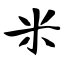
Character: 米